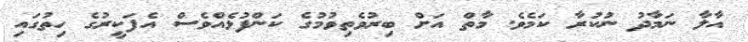
އާލާ ނަމާދު ނުކުރާ ކަމެވެ. މާތް އަށް ބިރުވެތިވުމުގެ ކަންފުޅެއްވެސް އެފަކީރުގެ ހިތުގައި